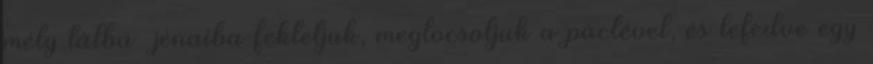
mély tálba jénaiba fektetjük, meglocsoljuk a páclével, és lefedve egy